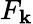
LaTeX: F_{\mathbf{k}}